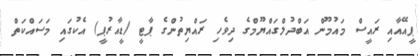
ޕީއޭއާއި ރައީސް މައުމޫން އަބްދުލްގައްޔޫމްގެ ދިވެހި ރައްޔިތުންގެ ޕާޓީ (ޑީއާރުޕީ) އެކުގައި މަސައްކަތް